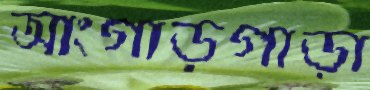
আংগাড়গাড়া